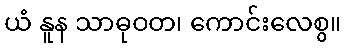
ယံ နူန သာဓုဝတ၊ ကောင်းလေစွ။